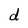
Character: d